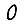
Digit: 0